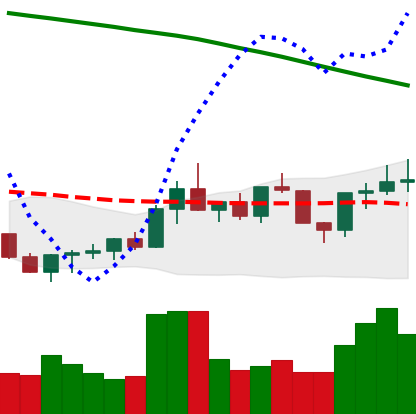
Ticker: ADA-USD
Chart end date: 2022-07-30
Forward return: -4.929%
Label: down_3_5